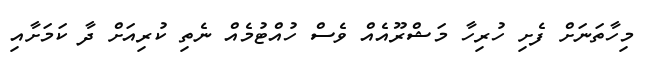
މިހާތަނަށް ފެށި ހުރިހާ މަޝްރޫއެއް ވެސް ހުއްޓުމެއް ނެތި ކުރިއަށް ދާ ކަމަށާއި